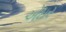
એઇર